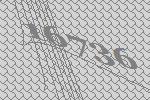
16736